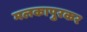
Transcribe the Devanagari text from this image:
मलकापुरकर